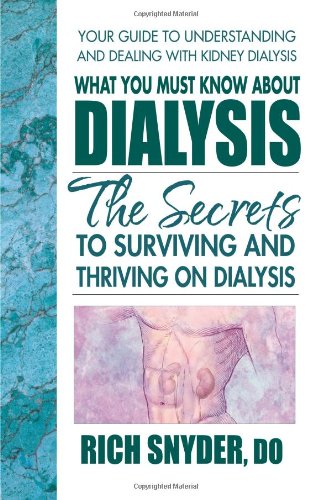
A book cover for What You Must Know About Dialysis: The Secrets to Surviving and Thriving on Dialysis; Rich Snyder; Health, Fitness & Dieting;